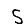
Digit: 5